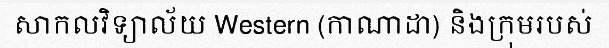
សាកលវិទ្យាល័យ Western (កាណាដា) និងក្រុមរបស់